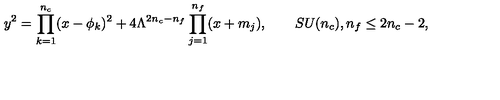
y ^ { 2 } = \prod _ { k = 1 } ^ { n _ { c } } ( x - \phi _ { k } ) ^ { 2 } + 4 \Lambda ^ { 2 n _ { c } - n _ { f } } \prod _ { j = 1 } ^ { n _ { f } } ( x + m _ { j } ) , \qquad S U ( n _ { c } ) , n _ { f } \le 2 n _ { c } - 2 ,